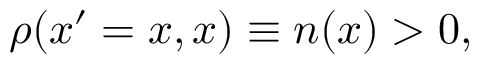
\rho ( x ^ { \prime } = x , x ) \equiv n ( x ) > 0 ,